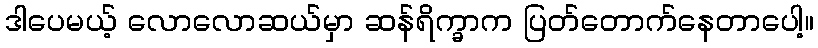
ဒါပေမယ့် လောလောဆယ်မှာ ဆန်ရိက္ခာက ပြတ်တောက်နေတာပေါ့။